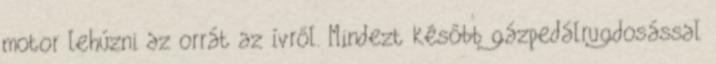
motor lehúzni az orrát az ívről. Mindezt később gázpedálrugdosással